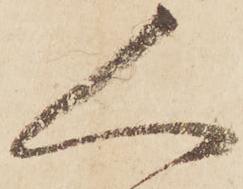
人